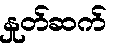
နှုတ်ဆက်